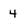
Character: 4